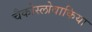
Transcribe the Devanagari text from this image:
चैकोस्लोवाकिया